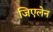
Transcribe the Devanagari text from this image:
जिएलेन